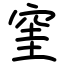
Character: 窐